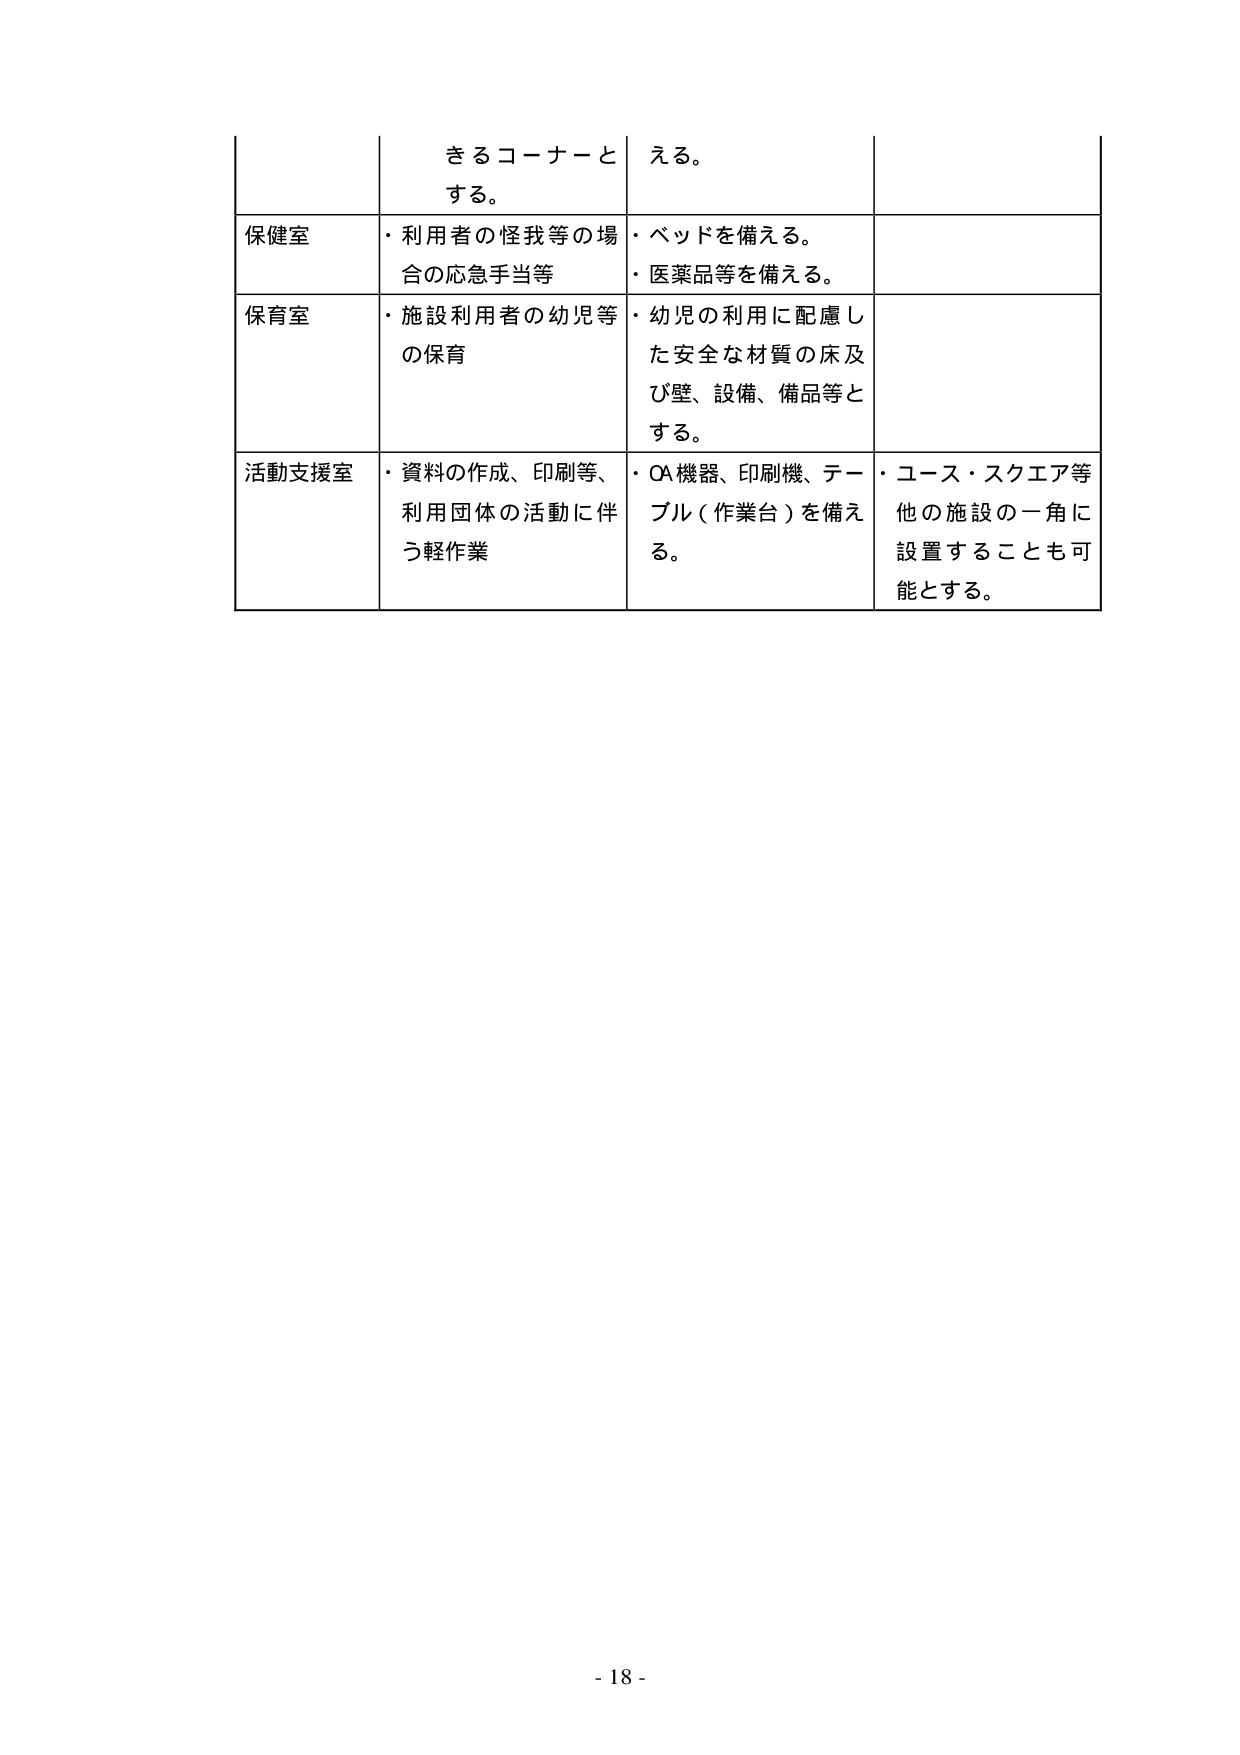
きるコーナーとする。
える。

保健室
・利用者の怪我等の場合の応急手当等
・ベッドを備える。
・医薬品等を備える。

保育室
・施設利用者の幼児等の保育
・幼児の利用に配慮した安全な材質の床及び壁、設備、備品等とする。

活動支援室
・資料の作成、印刷等、利用団体の活動に伴う軽作業
・OA機器、印刷機、テーブル（作業台）を備える。
・ユース・スクエア等他の施設の一角に設置することも可能とする。

- 18 -